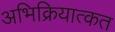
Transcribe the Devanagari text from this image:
अभिक्रियात्कत